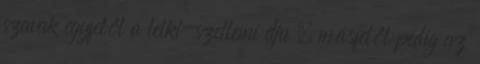
szavak egyfelől a lelki-szellemi dju , másfelől pedig az